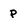
Character: p